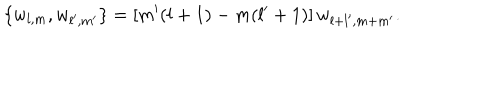
\{ w _ { l , m } , w _ { l ^ { \prime } , m ^ { \prime } } \} = [ m ^ { \prime } ( l + 1 ) - m ( l ^ { \prime } + 1 ) ] \, w _ { l + l ^ { \prime } , m + m ^ { \prime } } .